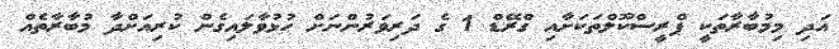
އަދި މިމުބާރާތަކީ ޕްރީސްކޫލްތަކަށާއި ގްރޭޑް 1 ގެ ދަރިވަރުންނަށް ހުޅުވާލައިގެން ކުރިއަށްދާ މުބާރާތެއް